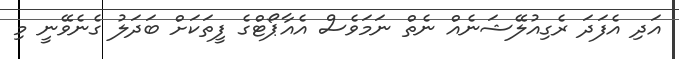
އަދި އެފަދަ ރެގިއުލޭޝަނެއް ނެތް ނަމަވެސް އެއާޕޯޓްގެ ފީތަކަށް ބަދަލު ގެނެވޭނީ މި